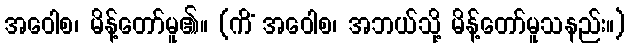
အဝေါစ၊ မိန့်တော်မူ၏။ (ကိံ အဝေါစ၊ အဘယ်သို့ မိန့်တော်မူသနည်း။)